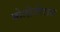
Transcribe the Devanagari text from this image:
मोलोजीराव